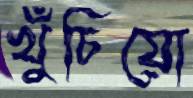
খুঁচিয়ো